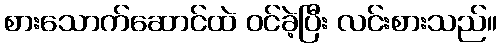
စားသောက်ဆောင်ထဲ ဝင်ခဲ့ပြီး လင်းစားသည်။